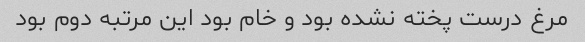
مرغ درست پخته نشده بود و خام بود این مرتبه دوم بود